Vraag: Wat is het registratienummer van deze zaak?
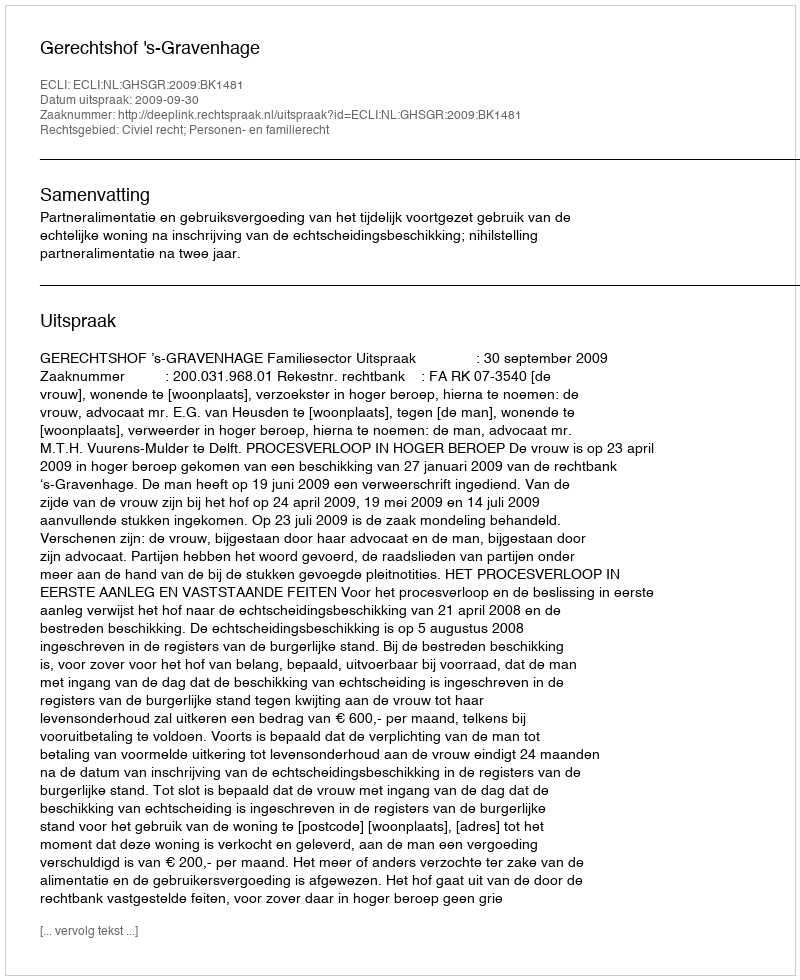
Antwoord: http://deeplink.rechtspraak.nl/uitspraak?id=ECLI:NL:GHSGR:2009:BK1481